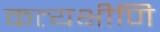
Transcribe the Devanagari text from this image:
कत्यक्षीणि